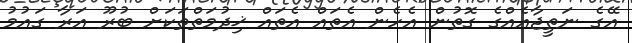
އޭގެ ނަތީޖާއެއްގެ ގޮތުން އެހެން އެތައް އެތައް ޚިދުމަތްތަކަށް ބުރޫ އަރާ ގައުމު